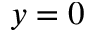
y = 0